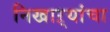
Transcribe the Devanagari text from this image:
निखाऱ्यांचा